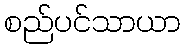
စည်ပင်သာယာ